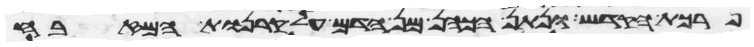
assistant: פרכת הקדש ונתן הכהן מן הדם על קרנות המזבח